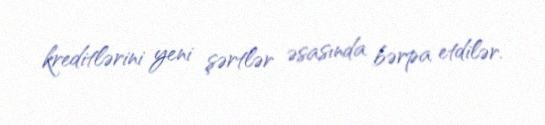
kreditlərini yeni şərtlər əsasında bərpa etdilər.